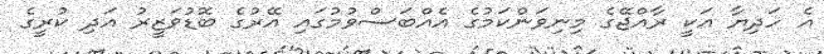
އެ ހަދިޔާ އަކީ ރާއްޖޭގެ މިނިވަންކަމުގެ އެއްބަސްވުމުގައި އޭރުގެ ބޮޑުވަޒީރު އަދި ކުރީގެ